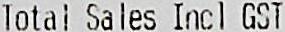
TOTAL SALES INCL GST